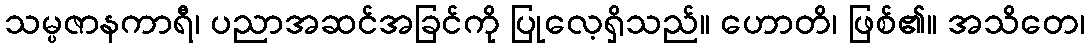
သမ္ပဇာနကာရီ၊ ပညာအဆင်အခြင်ကို ပြုလေ့ရှိသည်။ ဟောတိ၊ ဖြစ်၏။ အသိတေ၊